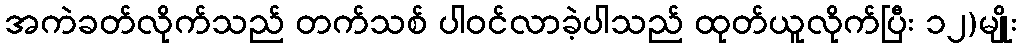
အကဲခတ်လိုက်သည် တက်သစ် ပါဝင်လာခဲ့ပါသည် ထုတ်ယူလိုက်ပြီး ၁၂)မျိုး